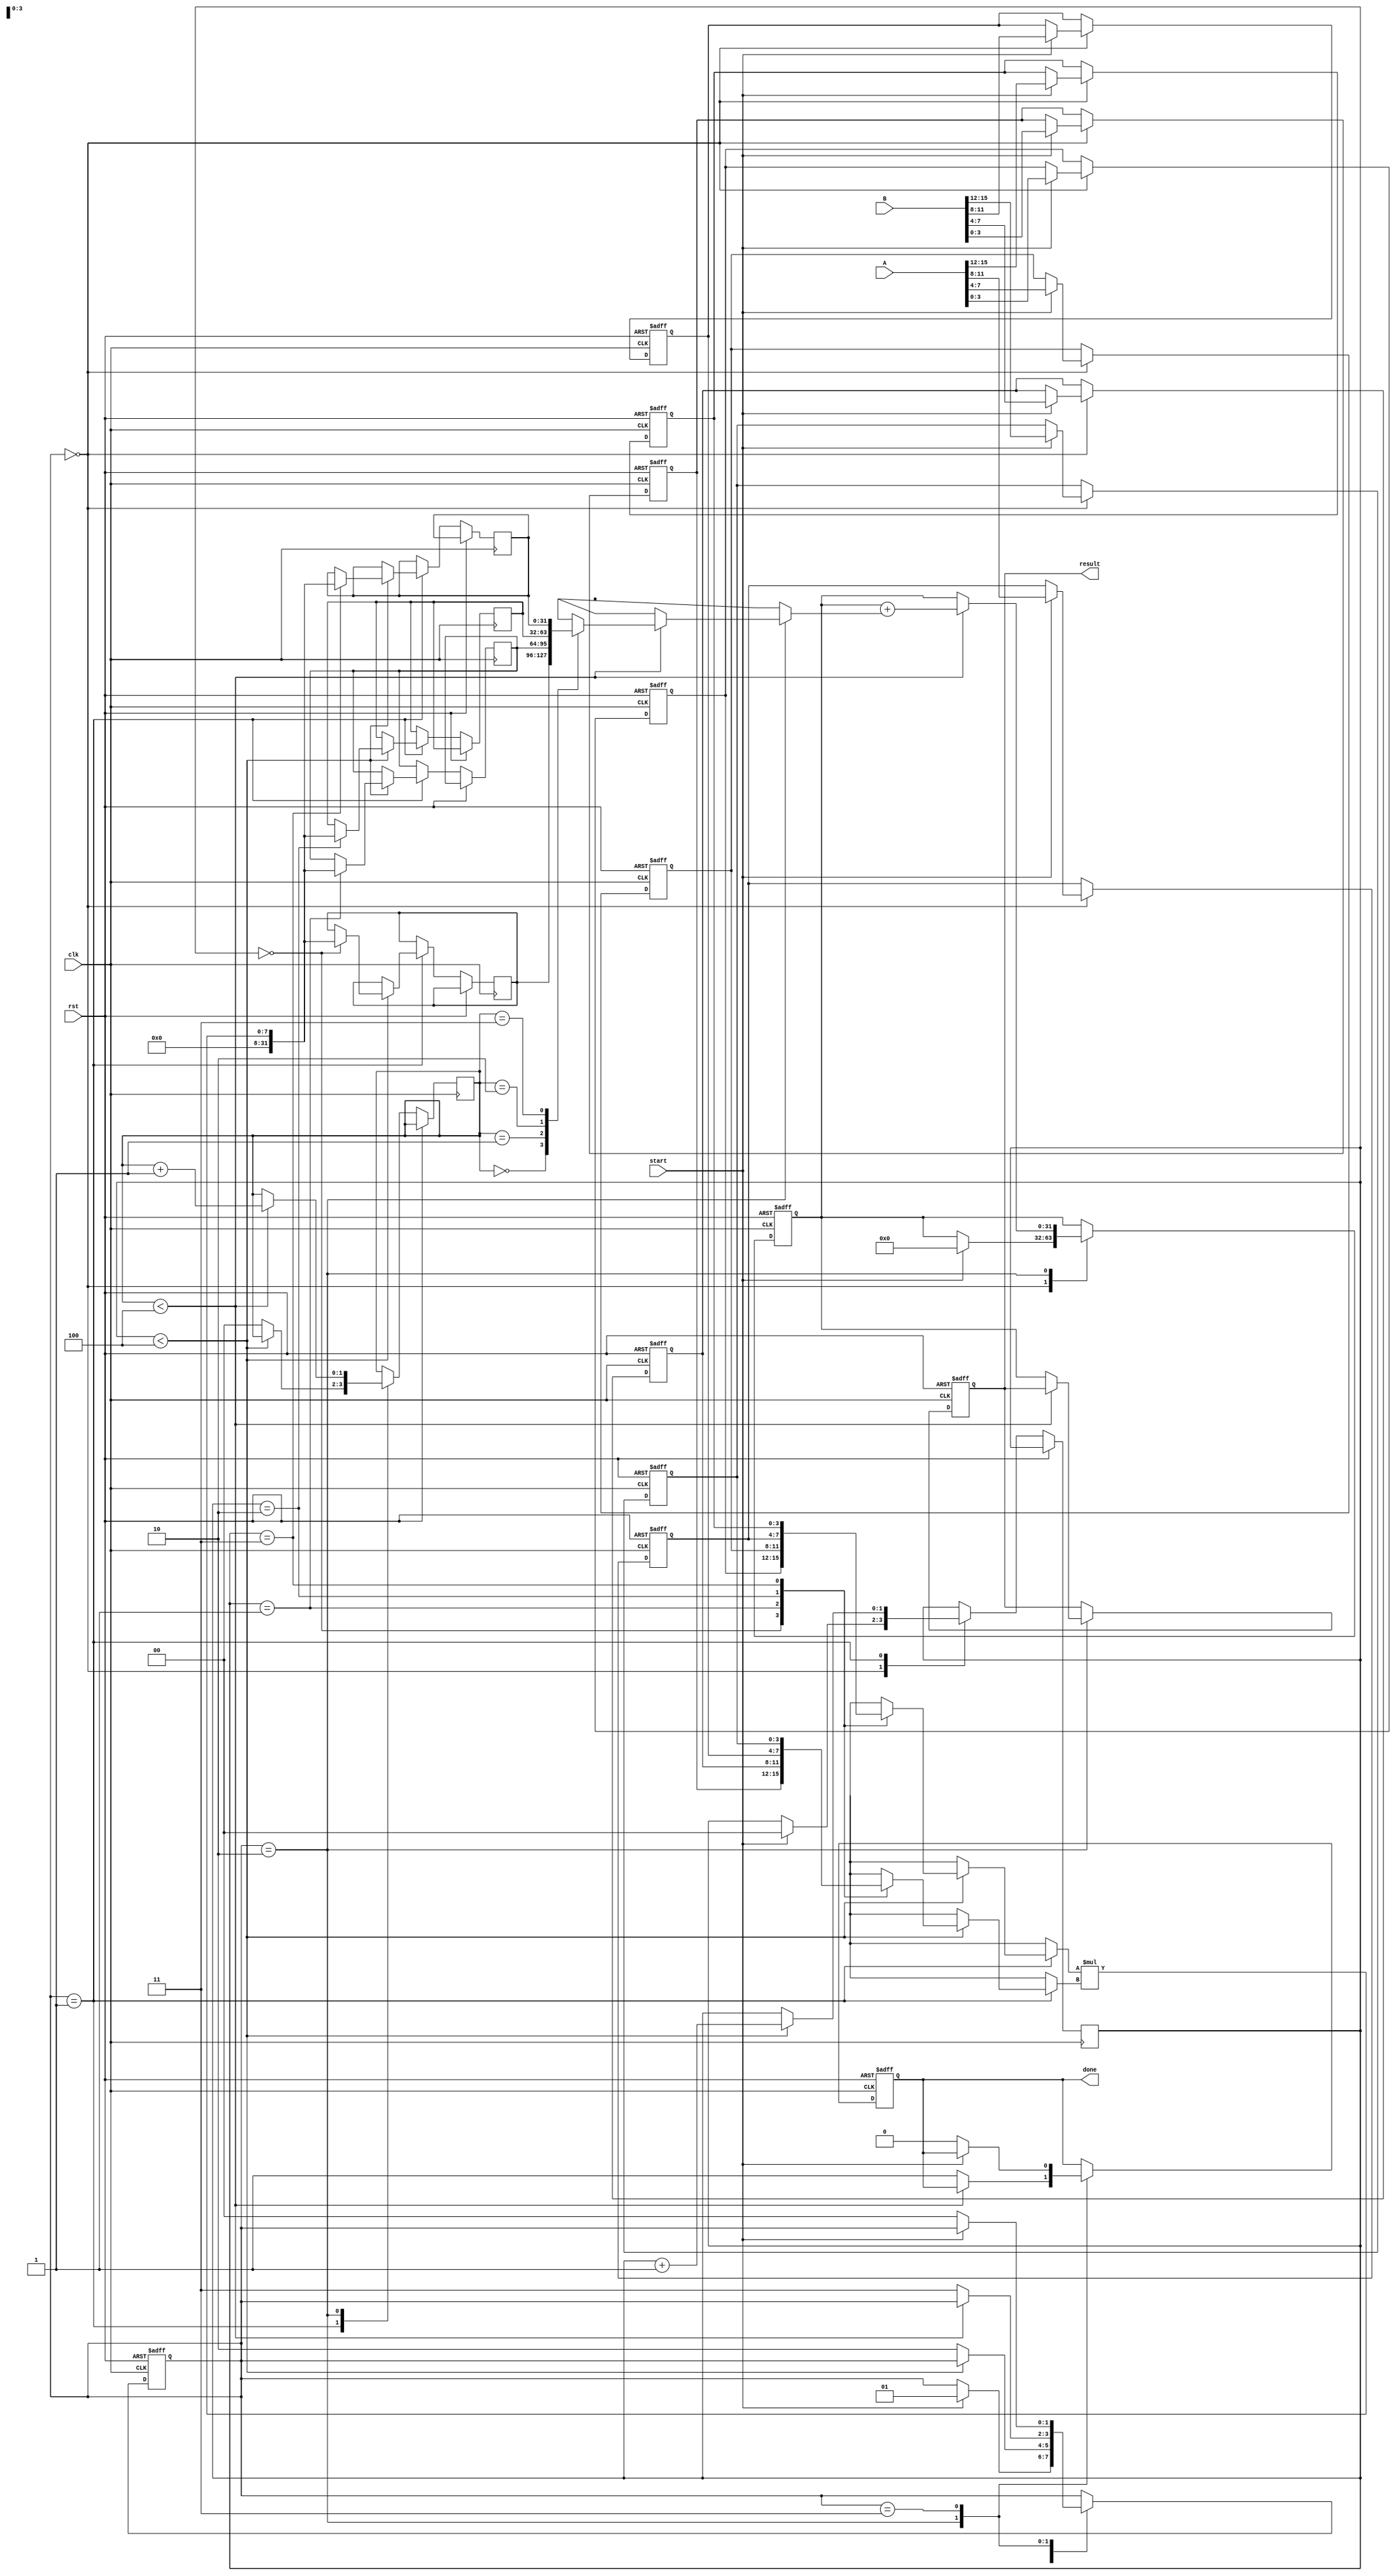
module pipelined_sliced_multiplier #(
    parameter WIDTH_A = 16,            // Width of operand A
    parameter WIDTH_B = 16,            // Width of operand B
    parameter NUM_SLICES = 4,          // Number of slices
    parameter SLICE_WIDTH = WIDTH_A / NUM_SLICES  // Width of each slice
) (
    input                               clk,
    input                               rst,
    input   [WIDTH_A-1:0]              A,
    input   [WIDTH_B-1:0]              B,
    input                               start,
    output reg [WIDTH_A + WIDTH_B - 1:0] result,
    output reg                          done
);

    // Intermediate storage for sliced products
    reg [SLICE_WIDTH-1:0] A_slices [0:NUM_SLICES-1];
    reg [SLICE_WIDTH-1:0] B_slices [0:NUM_SLICES-1];
    reg [WIDTH_A + WIDTH_B - 1:0] partial_results [0:NUM_SLICES-1];
    reg [WIDTH_A + WIDTH_B - 1:0] accumulated_result;
    
    // Control State
    reg [1:0] state; // 0: idle, 1: partial product generation, 2: accumulation, 3: done
    localparam IDLE = 2'b00, 
               PP_GEN = 2'b01, 
               ACCUM = 2'b10, 
               DONE = 2'b11;
    
    // Pipeline registers 
    reg [1:0] pp_stage;
    reg [1:0] acc_stage;

    // Slicing the input operands
    integer i;
    always @(posedge clk or posedge rst) begin
        if (rst) begin
            for (i = 0; i < NUM_SLICES; i = i + 1) begin
                A_slices[i] <= 0;
                B_slices[i] <= 0;
            end
            accumulated_result <= 0;
            result <= 0;
            state <= IDLE;
            done <= 0;
        end else begin
            case (state)
                IDLE: begin
                    if (start) begin
                        // Slice the operands
                        for (i = 0; i < NUM_SLICES; i = i + 1) begin
                            A_slices[i] <= A[(i * SLICE_WIDTH) +: SLICE_WIDTH];
                            B_slices[i] <= B[(i * SLICE_WIDTH) +: SLICE_WIDTH];
                        end
                        accumulated_result <= 0;
                        pp_stage <= 0; // Start partial product generation
                        state <= PP_GEN;
                    end
                end

                PP_GEN: begin
                    if (pp_stage < NUM_SLICES) begin
                        // Generate partial products
                        partial_results[pp_stage] <= A_slices[pp_stage] * B_slices[pp_stage];
                        pp_stage <= pp_stage + 1; // Move to next slice
                    end else begin
                        acc_stage <= 0; // Start accumulation
                        state <= ACCUM;
                    end
                end

                ACCUM: begin
                    if (acc_stage < NUM_SLICES) begin
                        // Accumulate partial products
                        accumulated_result <= accumulated_result + partial_results[acc_stage];
                        acc_stage <= acc_stage + 1; // Move to next slice
                    end else begin
                        result <= accumulated_result; // Final result
                        state <= DONE;
                        done <= 1; // Indicate completion
                    end
                end

                DONE: begin
                    // Reset state for next operation
                    if (!start) begin
                        state <= IDLE;
                        done <= 0;
                    end
                end

                default: state <= IDLE;
            endcase
        end
    end
endmodule